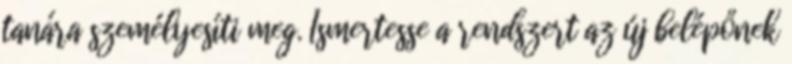
tanára személyesíti meg. Ismertesse a rendszert az új belépőnek